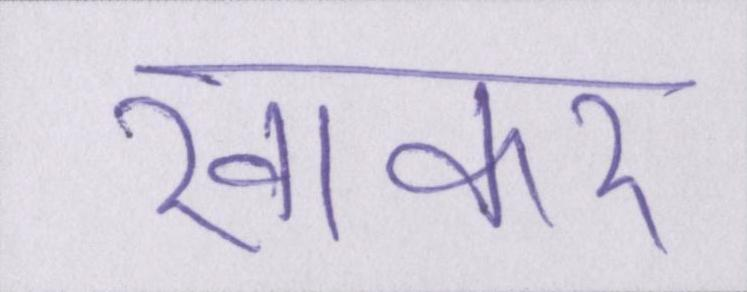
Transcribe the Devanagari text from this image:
खाकर